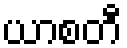
ယာစတီ